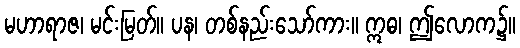
မဟာရာဇ၊ မင်းမြတ်။ ပန၊ တစ်နည်းသော်ကား။ ဣဓ၊ ဤလောက၌။